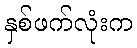
နှစ်ဖက်လုံးက